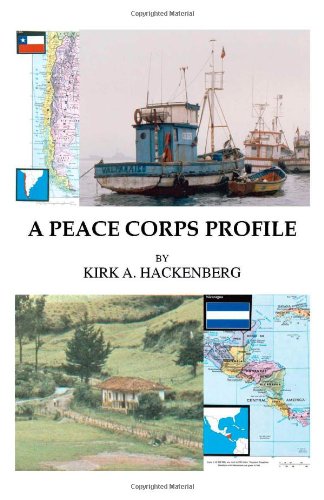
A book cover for A Peace Corps Profile; Kirk A. Hackenberg; Travel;